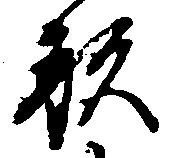
形